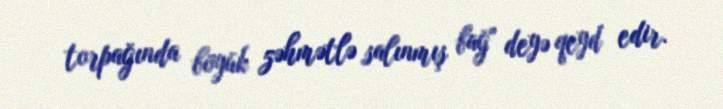
torpağında böyük zəhmətlə salınmış bağ" deyə qeyd edir.